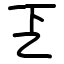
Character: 乤